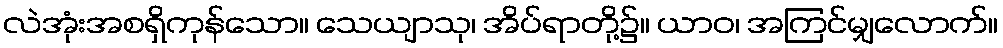
လဲအုံးအစရှိကုန်သော။ သေယျာသု၊ အိပ်ရာတို့၌။ ယာဝ၊ အကြင်မျှလောက်။